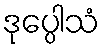
ဒုပ္ပေါသံ